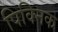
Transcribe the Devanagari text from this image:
पिक्निक